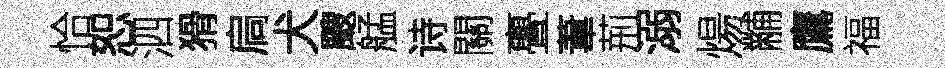
恰恕泗猾扃犬颼艋诗關亹葦荊溺煬黼鷹福